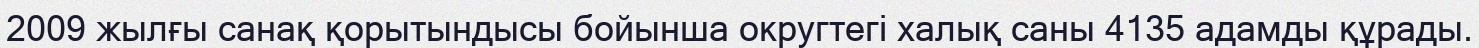
2009 жылғы санақ қорытындысы бойынша округтегі халық саны 4135 адамды құрады.